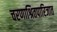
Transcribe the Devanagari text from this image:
चरणाश्रितपारिजात